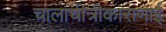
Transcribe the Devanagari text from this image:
चालाचीत्रीकाराणाई